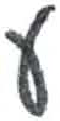
אות: ן